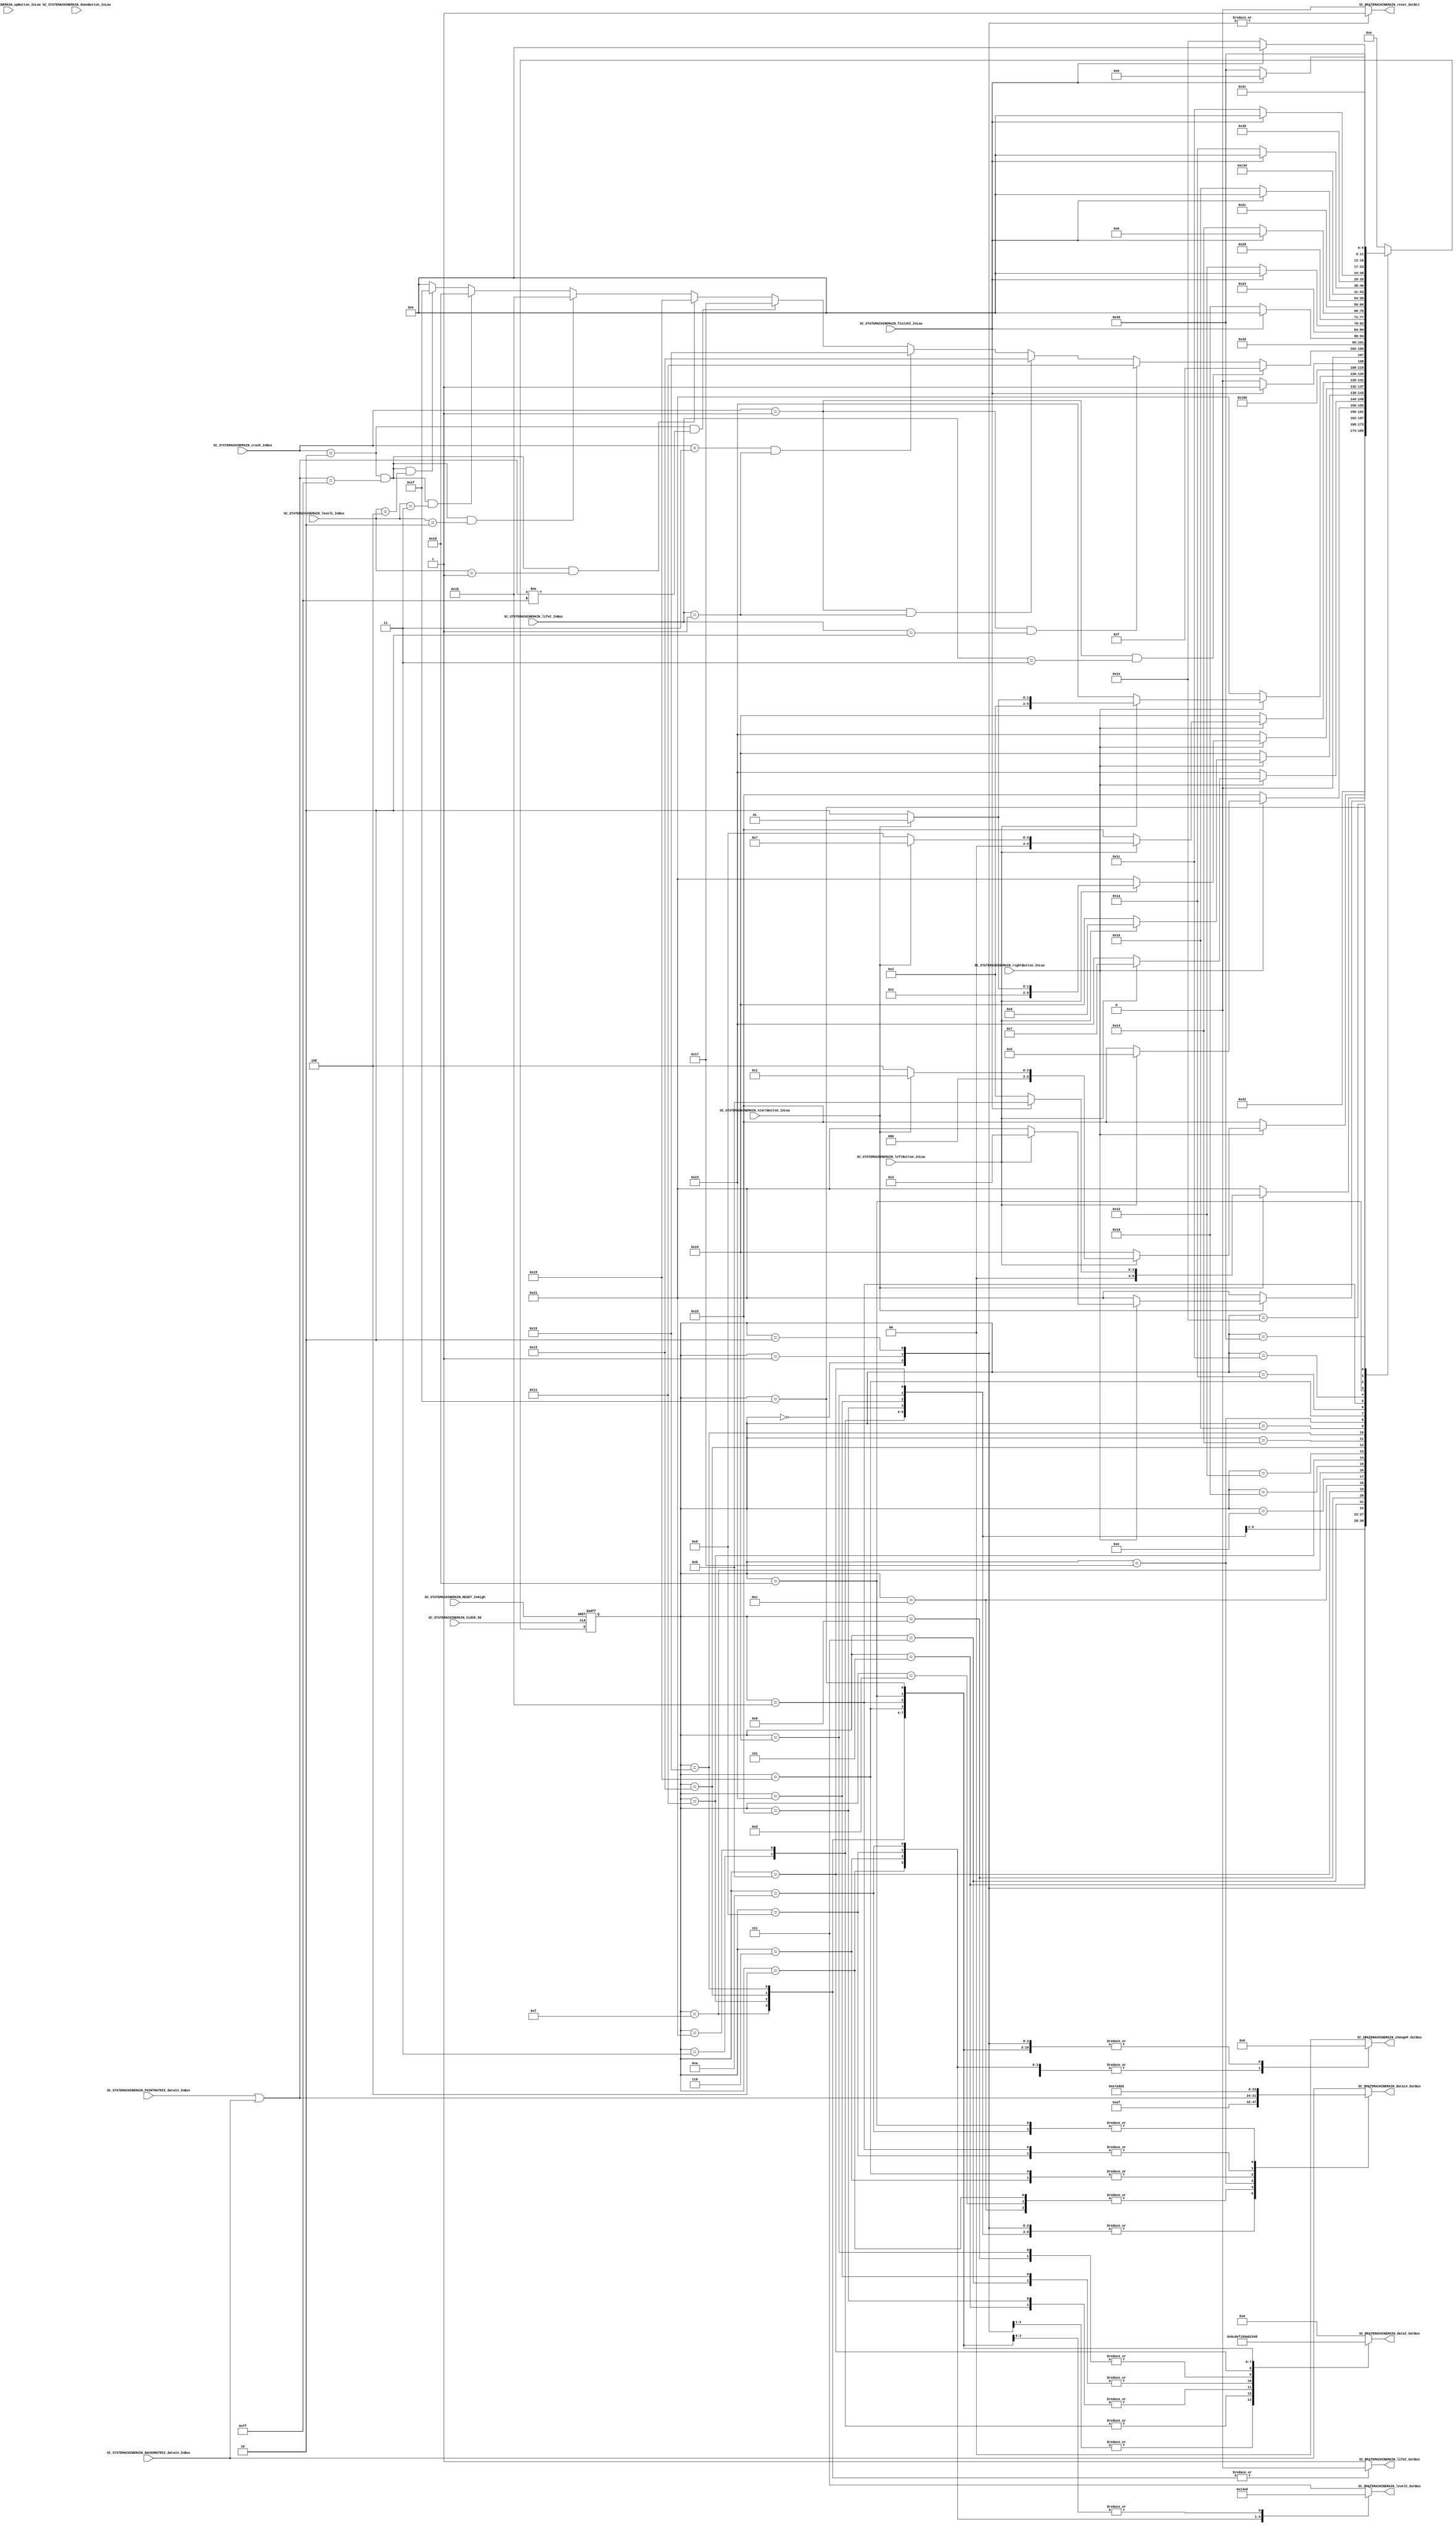
///*######################################################################
//#	G0B1T: HDL EXAMPLES. 2018.
//######################################################################
//# Copyright (C) 2018. F.E.Segura-Quijano (FES) fsegura@uniandes.edu.co
//# 
//# This program is free software: you can redistribute it and/or modify
//# it under the terms of the GNU General Public License as published by
//# the Free Software Foundation, version 3 of the License.
//#
//# This program is distributed in the hope that it will be useful,
//# but WITHOUT ANY WARRANTY; without even the implied warranty of
//# MERCHANTABILITY or FITNESS FOR A PARTICULAR PURPOSE.  See the
//# GNU General Public License for more details.
//#
//# You should have received a copy of the GNU General Public License
//# along with this program.  If not, see <http://www.gnu.org/licenses/>
//####################################################################*/
//=======================================================
//  MODULE Definition
//=======================================================
module SC_STATEMACHINEMAIN (
	//////////// OUTPUTS //////////
	SC_STATEMACHINEMAIN_dataI_OutBus,
	SC_STATEMACHINEMAIN_changeP_OutBus,
	SC_STATEMACHINEMAIN_data14_OutBus,
	SC_STATEMACHINEMAIN_lifeC_OutBus,
	SC_STATEMACHINEMAIN_levelC_OutBus,
	SC_STATEMACHINEMAIN_reset_OutBit,
	//////////// INPUTS //////////
	SC_STATEMACHINEMAIN_CLOCK_50,
	SC_STATEMACHINEMAIN_RESET_InHigh,
	SC_STATEMACHINEMAIN_startButton_InLow,
	SC_STATEMACHINEMAIN_upButton_InLow,
	SC_STATEMACHINEMAIN_downButton_InLow,
	SC_STATEMACHINEMAIN_leftButton_InLow,
	SC_STATEMACHINEMAIN_rightButton_InLow,
	SC_STATEMACHINEMAIN_crash_InBus,
	SC_STATEMACHINEMAIN_POINTMATRIX_data14_InBus,
	SC_STATEMACHINEMAIN_BACKGMATRIX_data14_InBus,
	SC_STATEMACHINEMAIN_lifeC_InBus,
	SC_STATEMACHINEMAIN_levelC_InBus,
	SC_STATEMACHINEMAIN_finishI_InLow
);	
//=======================================================
//  PARAMETER declarations
//=======================================================
parameter DATAWIDTH_BUS = 8;
parameter DATAWIDTH_4 = 4;
parameter DATAWIDTH_3 = 3;
parameter DATAWIDTH_2 = 2;
// states declaration
localparam STATE_RESET_0									= 0;
localparam STATE_RESET_1									= 1;
localparam STATE_RESET_2									= 2;
localparam STATE_SELECT_1									= 3;
localparam STATE_SELECT_1_0								= 4;
localparam STATE_SELECT_2									= 5;
localparam STATE_SELECT_2_0								= 6;
localparam STATE_SELECT_3									= 7;
localparam STATE_SELECT_3_0								= 8;
localparam STATE_SELECT_4									= 9;
localparam STATE_SELECT_4_0								= 10;
localparam STATE_START_0									= 11;
localparam STATE_START_1									= 12;
localparam STATE_START_2									= 13;
localparam STATE_CHECK_0									= 14;
localparam STATE_CRASH_3_0									= 15;
localparam STATE_CRASH_3_1									= 16;
localparam STATE_CRASH_2_0									= 17;
localparam STATE_CRASH_2_1									= 18;
localparam STATE_CRASH_1_0									= 19;
localparam STATE_CRASH_1_1									= 20;
localparam STATE_WINLIFE_0								   = 21;
localparam STATE_WINLIFE_1									= 22;
localparam STATE_TOP_0										= 23;
localparam STATE_TOP_1										= 24;
localparam STATE_TOP_1_0									= 25;
localparam STATE_TOP_1_1									= 26;
localparam STATE_TOP_2_0									= 27;
localparam STATE_TOP_2_1									= 28;
localparam STATE_TOP_3_0									= 29;
localparam STATE_TOP_3_1									= 30;
localparam STATE_TOP_F_0									= 31;
localparam STATE_TOP_F_1									= 32;
localparam STATE_SELECT_1_p								= 33;
localparam STATE_SELECT_2_p								= 34;
localparam STATE_SELECT_3_p								= 35;
localparam STATE_SELECT_4_p								= 36;

//=======================================================
//  PORT declarations
//=======================================================
output reg		[DATAWIDTH_4-1:0] SC_STATEMACHINEMAIN_dataI_OutBus;
output reg		[DATAWIDTH_2-1:0] SC_STATEMACHINEMAIN_changeP_OutBus;
output reg		[DATAWIDTH_BUS-1:0] SC_STATEMACHINEMAIN_data14_OutBus;
output reg		SC_STATEMACHINEMAIN_lifeC_OutBus;
output reg		[DATAWIDTH_3-1:0] SC_STATEMACHINEMAIN_levelC_OutBus;
output reg		SC_STATEMACHINEMAIN_reset_OutBit;
input			SC_STATEMACHINEMAIN_CLOCK_50;
input			SC_STATEMACHINEMAIN_RESET_InHigh;
input			SC_STATEMACHINEMAIN_startButton_InLow;
input			SC_STATEMACHINEMAIN_upButton_InLow;
input			SC_STATEMACHINEMAIN_downButton_InLow;
input			SC_STATEMACHINEMAIN_leftButton_InLow;
input			SC_STATEMACHINEMAIN_rightButton_InLow;
input			[DATAWIDTH_2-1:0]SC_STATEMACHINEMAIN_crash_InBus;
input			[DATAWIDTH_BUS-1:0] SC_STATEMACHINEMAIN_POINTMATRIX_data14_InBus;
input			[DATAWIDTH_BUS-1:0] SC_STATEMACHINEMAIN_BACKGMATRIX_data14_InBus;
input			[DATAWIDTH_2-1:0] SC_STATEMACHINEMAIN_lifeC_InBus;
input			[DATAWIDTH_3-1:0] SC_STATEMACHINEMAIN_levelC_InBus;
input			SC_STATEMACHINEMAIN_finishI_InLow;
//=======================================================
//  REG/WIRE declarations
//=======================================================
reg [5:0] STATE_Register;
reg [5:0] STATE_Signal;
//=======================================================
//  Structural coding
//=======================================================
//INPUT LOGIC: COMBINATIONAL
// NEXT STATE LOGIC : COMBINATIONAL
always @(*)
begin
	case (STATE_Register)
		STATE_RESET_0: STATE_Signal = STATE_RESET_1;
		STATE_RESET_1: STATE_Signal = STATE_RESET_2;
		STATE_RESET_2: if (SC_STATEMACHINEMAIN_startButton_InLow == 1'b0) STATE_Signal = STATE_SELECT_1_p;
						else if (SC_STATEMACHINEMAIN_finishI_InLow == 1'b0) STATE_Signal = STATE_RESET_2;
							else STATE_Signal = STATE_START_0;
							
		STATE_SELECT_1: if (SC_STATEMACHINEMAIN_rightButton_InLow == 1'b0) STATE_Signal = STATE_SELECT_2_p;
							else if (SC_STATEMACHINEMAIN_leftButton_InLow == 1'b0) STATE_Signal = STATE_SELECT_4_p;
							else if (SC_STATEMACHINEMAIN_startButton_InLow == 1'b0) STATE_Signal = STATE_SELECT_1_0;
							else STATE_Signal = STATE_SELECT_1;
		
		STATE_SELECT_1_p: if (SC_STATEMACHINEMAIN_startButton_InLow == 1'b0) STATE_Signal = STATE_SELECT_1_p;
							else if (SC_STATEMACHINEMAIN_rightButton_InLow == 1'b0) STATE_Signal = STATE_SELECT_1_p;
							else if (SC_STATEMACHINEMAIN_leftButton_InLow == 1'b0) STATE_Signal = STATE_SELECT_1_p;
								else STATE_Signal = STATE_SELECT_1;
		
		STATE_SELECT_2_p: if (SC_STATEMACHINEMAIN_rightButton_InLow == 1'b0) STATE_Signal = STATE_SELECT_2_p;
							else if (SC_STATEMACHINEMAIN_leftButton_InLow == 1'b0) STATE_Signal = STATE_SELECT_2_p;
								else STATE_Signal = STATE_SELECT_2;
		
		STATE_SELECT_3_p: if (SC_STATEMACHINEMAIN_rightButton_InLow == 1'b0) STATE_Signal = STATE_SELECT_3_p;
							else if (SC_STATEMACHINEMAIN_leftButton_InLow == 1'b0) STATE_Signal = STATE_SELECT_3_p;
								else STATE_Signal = STATE_SELECT_3;
		
		STATE_SELECT_4_p: if (SC_STATEMACHINEMAIN_rightButton_InLow == 1'b0) STATE_Signal = STATE_SELECT_4_p;
							else if (SC_STATEMACHINEMAIN_leftButton_InLow == 1'b0) STATE_Signal = STATE_SELECT_4_p;
								else STATE_Signal = STATE_SELECT_4;
		
		STATE_SELECT_1_0: STATE_Signal = STATE_CHECK_0;
		
		STATE_SELECT_2: if (SC_STATEMACHINEMAIN_rightButton_InLow == 1'b0) STATE_Signal = STATE_SELECT_3_p;
							else if (SC_STATEMACHINEMAIN_leftButton_InLow == 1'b0) STATE_Signal = STATE_SELECT_1_p;
							else if (SC_STATEMACHINEMAIN_startButton_InLow == 1'b0) STATE_Signal = STATE_SELECT_2_0;
							else STATE_Signal = STATE_SELECT_2;
		
		STATE_SELECT_2_0: STATE_Signal = STATE_CHECK_0;
		
		STATE_SELECT_3: if (SC_STATEMACHINEMAIN_rightButton_InLow == 1'b0) STATE_Signal = STATE_SELECT_4_p;
							else if (SC_STATEMACHINEMAIN_leftButton_InLow == 1'b0) STATE_Signal = STATE_SELECT_2_p;
							else if (SC_STATEMACHINEMAIN_startButton_InLow == 1'b0) STATE_Signal = STATE_SELECT_3_0;
							else STATE_Signal = STATE_SELECT_3;
		
		STATE_SELECT_3_0: STATE_Signal = STATE_CHECK_0;
		
		STATE_SELECT_4: if (SC_STATEMACHINEMAIN_rightButton_InLow == 1'b0) STATE_Signal = STATE_SELECT_1_p;
							else if (SC_STATEMACHINEMAIN_leftButton_InLow == 1'b0) STATE_Signal = STATE_SELECT_3_p;
							else if (SC_STATEMACHINEMAIN_startButton_InLow == 1'b0) STATE_Signal = STATE_SELECT_4_0;
							else STATE_Signal = STATE_SELECT_4;
		
		STATE_SELECT_4_0: STATE_Signal = STATE_CHECK_0;
		
		STATE_START_0: STATE_Signal = STATE_START_1;
		STATE_START_1: if (SC_STATEMACHINEMAIN_finishI_InLow == 1'b0) STATE_Signal = STATE_START_1;
							else STATE_Signal = STATE_START_2;
		STATE_START_2: STATE_Signal = STATE_CHECK_0;
		STATE_CHECK_0: if (SC_STATEMACHINEMAIN_crash_InBus == 2'b01 & SC_STATEMACHINEMAIN_lifeC_InBus == 2'b11) STATE_Signal = STATE_CRASH_3_0;
						else if (SC_STATEMACHINEMAIN_crash_InBus == 2'b01 & SC_STATEMACHINEMAIN_lifeC_InBus == 2'b10) STATE_Signal = STATE_CRASH_2_0;
						else if (SC_STATEMACHINEMAIN_crash_InBus == 2'b01 & SC_STATEMACHINEMAIN_lifeC_InBus == 2'b01) STATE_Signal = STATE_CRASH_1_0;
						else if (SC_STATEMACHINEMAIN_crash_InBus == 2'b11 & SC_STATEMACHINEMAIN_lifeC_InBus == 2'b01) STATE_Signal = STATE_WINLIFE_0;
						else if (SC_STATEMACHINEMAIN_crash_InBus == 2'b10 & ((SC_STATEMACHINEMAIN_POINTMATRIX_data14_InBus | SC_STATEMACHINEMAIN_BACKGMATRIX_data14_InBus) != 8'b11111111)) STATE_Signal = STATE_TOP_0;
						else if (SC_STATEMACHINEMAIN_crash_InBus == 2'b10 & ((SC_STATEMACHINEMAIN_POINTMATRIX_data14_InBus | SC_STATEMACHINEMAIN_BACKGMATRIX_data14_InBus) == 8'b11111111) & SC_STATEMACHINEMAIN_levelC_InBus == 3'b001) STATE_Signal = STATE_TOP_1_0;
						else if (SC_STATEMACHINEMAIN_crash_InBus == 2'b10 & ((SC_STATEMACHINEMAIN_POINTMATRIX_data14_InBus | SC_STATEMACHINEMAIN_BACKGMATRIX_data14_InBus) == 8'b11111111) & SC_STATEMACHINEMAIN_levelC_InBus == 3'b010) STATE_Signal = STATE_TOP_2_0;
						else if (SC_STATEMACHINEMAIN_crash_InBus == 2'b10 & ((SC_STATEMACHINEMAIN_POINTMATRIX_data14_InBus | SC_STATEMACHINEMAIN_BACKGMATRIX_data14_InBus) == 8'b11111111) & SC_STATEMACHINEMAIN_levelC_InBus == 3'b011) STATE_Signal = STATE_TOP_3_0;
						else if (SC_STATEMACHINEMAIN_crash_InBus == 2'b10 & ((SC_STATEMACHINEMAIN_POINTMATRIX_data14_InBus | SC_STATEMACHINEMAIN_BACKGMATRIX_data14_InBus) == 8'b11111111) & SC_STATEMACHINEMAIN_levelC_InBus == 3'b100) STATE_Signal = STATE_TOP_F_0;
							else STATE_Signal = STATE_CHECK_0;
						
		STATE_CRASH_3_0: STATE_Signal = STATE_CRASH_3_1;
		STATE_CRASH_3_1: if (SC_STATEMACHINEMAIN_finishI_InLow == 1'b0) STATE_Signal = STATE_CRASH_3_1;
							else STATE_Signal = STATE_CHECK_0;
		STATE_CRASH_2_0: STATE_Signal = STATE_CRASH_2_1;
		STATE_CRASH_2_1: if (SC_STATEMACHINEMAIN_finishI_InLow == 1'b0) STATE_Signal = STATE_CRASH_2_1;
							else STATE_Signal = STATE_CHECK_0;
		STATE_CRASH_1_0: STATE_Signal = STATE_CRASH_1_1;
		STATE_CRASH_1_1: if (SC_STATEMACHINEMAIN_finishI_InLow == 1'b0) STATE_Signal = STATE_CRASH_1_1;
							else STATE_Signal = STATE_RESET_0;
		STATE_WINLIFE_0: STATE_Signal = STATE_WINLIFE_1;
		STATE_WINLIFE_1: if (SC_STATEMACHINEMAIN_finishI_InLow == 1'b0) STATE_Signal = STATE_WINLIFE_1;
							else STATE_Signal = STATE_CHECK_0;
							
		STATE_TOP_0: STATE_Signal = STATE_TOP_1;
		STATE_TOP_1: STATE_Signal = STATE_CHECK_0;
		STATE_TOP_1_0: STATE_Signal = STATE_TOP_1_1;
		STATE_TOP_1_1: if (SC_STATEMACHINEMAIN_finishI_InLow == 1'b0) STATE_Signal = STATE_TOP_1_1;
							else STATE_Signal = STATE_CHECK_0;
		STATE_TOP_2_0: STATE_Signal = STATE_TOP_2_1;
		STATE_TOP_2_1: if (SC_STATEMACHINEMAIN_finishI_InLow == 1'b0) STATE_Signal = STATE_TOP_2_1;
							else STATE_Signal = STATE_CHECK_0;
		STATE_TOP_3_0: STATE_Signal = STATE_TOP_3_1;
		STATE_TOP_3_1: if (SC_STATEMACHINEMAIN_finishI_InLow == 1'b0) STATE_Signal = STATE_TOP_3_1;
							else STATE_Signal = STATE_CHECK_0;
		STATE_TOP_F_0: STATE_Signal = STATE_TOP_F_1;
		STATE_TOP_F_1: if (SC_STATEMACHINEMAIN_finishI_InLow == 1'b0) STATE_Signal = STATE_TOP_F_1;
							else STATE_Signal = STATE_RESET_0;
							
		default : 		STATE_Signal = STATE_CHECK_0;
	endcase
end
// STATE REGISTER : SEQUENTIAL
always @ ( posedge SC_STATEMACHINEMAIN_CLOCK_50 , posedge SC_STATEMACHINEMAIN_RESET_InHigh)
begin
	if (SC_STATEMACHINEMAIN_RESET_InHigh == 1'b1)
		STATE_Register <= STATE_RESET_0;
	else
		STATE_Register <= STATE_Signal;
end
//=======================================================
//  Outputs
//=======================================================
// OUTPUT LOGIC : COMBINATIONAL
always @ (*)
begin
	case (STATE_Register)
//=========================================================
// STATE_RESET
//=========================================================
	STATE_RESET_0 :
		begin
			SC_STATEMACHINEMAIN_dataI_OutBus   = 4'b0110;
			SC_STATEMACHINEMAIN_changeP_OutBus = 2'b10;
			SC_STATEMACHINEMAIN_data14_OutBus  = 8'b00000000;
			SC_STATEMACHINEMAIN_lifeC_OutBus   = 1'b1;
			SC_STATEMACHINEMAIN_levelC_OutBus  = 3'b111;
			SC_STATEMACHINEMAIN_reset_OutBit   = 1'b1;
		end
//=========================================================
// STATE_RESET
//=========================================================
	STATE_RESET_1 :
		begin
			SC_STATEMACHINEMAIN_dataI_OutBus   = 4'b0110;
			SC_STATEMACHINEMAIN_changeP_OutBus = 2'b10;
			SC_STATEMACHINEMAIN_data14_OutBus  = 8'b00000000;
			SC_STATEMACHINEMAIN_lifeC_OutBus   = 1'b1;
			SC_STATEMACHINEMAIN_levelC_OutBus  = 3'b111;
			SC_STATEMACHINEMAIN_reset_OutBit   = 1'b1;
		end
//=========================================================
// STATE_RESET
//=========================================================
	STATE_RESET_2 :
		begin
			SC_STATEMACHINEMAIN_dataI_OutBus   = 4'b0000;
			SC_STATEMACHINEMAIN_changeP_OutBus = 2'b10;
			SC_STATEMACHINEMAIN_data14_OutBus  = 8'b00000000;
			SC_STATEMACHINEMAIN_lifeC_OutBus   = 1'b1;
			SC_STATEMACHINEMAIN_levelC_OutBus  = 3'b111;
			SC_STATEMACHINEMAIN_reset_OutBit   = 1'b1;
		end
//=========================================================
// STATE_SELECT_1_p
//=========================================================
	STATE_SELECT_1_p :
		begin
			SC_STATEMACHINEMAIN_dataI_OutBus   = 4'b1100;
			SC_STATEMACHINEMAIN_changeP_OutBus = 2'b10;
			SC_STATEMACHINEMAIN_data14_OutBus  = 8'b00000000;
			SC_STATEMACHINEMAIN_lifeC_OutBus   = 1'b1;
			SC_STATEMACHINEMAIN_levelC_OutBus  = 3'b111;
			SC_STATEMACHINEMAIN_reset_OutBit   = 1'b0;
		end
//=========================================================
// STATE_SELECT_1
//=========================================================
	STATE_SELECT_1 :
		begin
			SC_STATEMACHINEMAIN_dataI_OutBus   = 4'b1100;
			SC_STATEMACHINEMAIN_changeP_OutBus = 2'b10;
			SC_STATEMACHINEMAIN_data14_OutBus  = 8'b00000000;
			SC_STATEMACHINEMAIN_lifeC_OutBus   = 1'b1;
			SC_STATEMACHINEMAIN_levelC_OutBus  = 3'b111;
			SC_STATEMACHINEMAIN_reset_OutBit   = 1'b0;
		end
//=========================================================
// STATE_SELECT_1_0
//=========================================================
	STATE_SELECT_1_0 :	
		begin
			SC_STATEMACHINEMAIN_dataI_OutBus   = 4'b0000;
			SC_STATEMACHINEMAIN_changeP_OutBus = 2'b01;
			SC_STATEMACHINEMAIN_data14_OutBus  = 8'b11101111;
			SC_STATEMACHINEMAIN_lifeC_OutBus   = 1'b1;
			SC_STATEMACHINEMAIN_levelC_OutBus  = 3'b001;
			SC_STATEMACHINEMAIN_reset_OutBit   = 1'b0;
		end
//=========================================================
// STATE_SELECT_2_p
//=========================================================
	STATE_SELECT_2_p :
		begin
			SC_STATEMACHINEMAIN_dataI_OutBus   = 4'b1101;
			SC_STATEMACHINEMAIN_changeP_OutBus = 2'b10;
			SC_STATEMACHINEMAIN_data14_OutBus  = 8'b00000000;
			SC_STATEMACHINEMAIN_lifeC_OutBus   = 1'b1;
			SC_STATEMACHINEMAIN_levelC_OutBus  = 3'b111;
			SC_STATEMACHINEMAIN_reset_OutBit   = 1'b0;
		end
//=========================================================
// STATE_SELECT_2
//=========================================================
	STATE_SELECT_2 :
		begin
			SC_STATEMACHINEMAIN_dataI_OutBus   = 4'b1101;
			SC_STATEMACHINEMAIN_changeP_OutBus = 2'b10;
			SC_STATEMACHINEMAIN_data14_OutBus  = 8'b00000000;
			SC_STATEMACHINEMAIN_lifeC_OutBus   = 1'b1;
			SC_STATEMACHINEMAIN_levelC_OutBus  = 3'b111;
			SC_STATEMACHINEMAIN_reset_OutBit   = 1'b0;
		end
//=========================================================
// STATE_SELECT_2
//=========================================================
	STATE_SELECT_2_0 :	
		begin
			SC_STATEMACHINEMAIN_dataI_OutBus   = 4'b0000;
			SC_STATEMACHINEMAIN_changeP_OutBus = 2'b01;
			SC_STATEMACHINEMAIN_data14_OutBus  = 8'b11100111;
			SC_STATEMACHINEMAIN_lifeC_OutBus   = 1'b1;
			SC_STATEMACHINEMAIN_levelC_OutBus  = 3'b010;
			SC_STATEMACHINEMAIN_reset_OutBit   = 1'b0;
		end
//=========================================================
// STATE_SELECT_3_p
//=========================================================
	STATE_SELECT_3_p :
		begin
			SC_STATEMACHINEMAIN_dataI_OutBus   = 4'b1110;
			SC_STATEMACHINEMAIN_changeP_OutBus = 2'b10;
			SC_STATEMACHINEMAIN_data14_OutBus  = 8'b00000000;
			SC_STATEMACHINEMAIN_lifeC_OutBus   = 1'b1;
			SC_STATEMACHINEMAIN_levelC_OutBus  = 3'b111;
			SC_STATEMACHINEMAIN_reset_OutBit   = 1'b0;
		end
//=========================================================
// STATE_SELECT_3
//=========================================================
	STATE_SELECT_3 :
		begin
			SC_STATEMACHINEMAIN_dataI_OutBus   = 4'b1110;
			SC_STATEMACHINEMAIN_changeP_OutBus = 2'b10;
			SC_STATEMACHINEMAIN_data14_OutBus  = 8'b00000000;
			SC_STATEMACHINEMAIN_lifeC_OutBus   = 1'b1;
			SC_STATEMACHINEMAIN_levelC_OutBus  = 3'b111;
			SC_STATEMACHINEMAIN_reset_OutBit   = 1'b0;
		end
//=========================================================
// STATE_SELECT_3_0
//=========================================================
	STATE_SELECT_3_0 :	
		begin
			SC_STATEMACHINEMAIN_dataI_OutBus   = 4'b0000;
			SC_STATEMACHINEMAIN_changeP_OutBus = 2'b01;
			SC_STATEMACHINEMAIN_data14_OutBus  = 8'b10101101;
			SC_STATEMACHINEMAIN_lifeC_OutBus   = 1'b1;
			SC_STATEMACHINEMAIN_levelC_OutBus  = 3'b011;
			SC_STATEMACHINEMAIN_reset_OutBit   = 1'b0;
		end
//=========================================================
// STATE_SELECT_4_p
//=========================================================
	STATE_SELECT_4_p :
		begin
			SC_STATEMACHINEMAIN_dataI_OutBus   = 4'b1111;
			SC_STATEMACHINEMAIN_changeP_OutBus = 2'b10;
			SC_STATEMACHINEMAIN_data14_OutBus  = 8'b00000000;
			SC_STATEMACHINEMAIN_lifeC_OutBus   = 1'b1;
			SC_STATEMACHINEMAIN_levelC_OutBus  = 3'b111;
			SC_STATEMACHINEMAIN_reset_OutBit   = 1'b0;
		end
//=========================================================
// STATE_SELECT_4
//=========================================================
	STATE_SELECT_4 :
		begin
			SC_STATEMACHINEMAIN_dataI_OutBus   = 4'b1111;
			SC_STATEMACHINEMAIN_changeP_OutBus = 2'b10;
			SC_STATEMACHINEMAIN_data14_OutBus  = 8'b00000000;
			SC_STATEMACHINEMAIN_lifeC_OutBus   = 1'b1;
			SC_STATEMACHINEMAIN_levelC_OutBus  = 3'b111;
			SC_STATEMACHINEMAIN_reset_OutBit   = 1'b0;
		end
//=========================================================
// STATE_SELECT_4_0
//=========================================================
	STATE_SELECT_4_0 :	
		begin
			SC_STATEMACHINEMAIN_dataI_OutBus   = 4'b0000;
			SC_STATEMACHINEMAIN_changeP_OutBus = 2'b01;
			SC_STATEMACHINEMAIN_data14_OutBus  = 8'b10100101;
			SC_STATEMACHINEMAIN_lifeC_OutBus   = 1'b1;
			SC_STATEMACHINEMAIN_levelC_OutBus  = 3'b100;
			SC_STATEMACHINEMAIN_reset_OutBit   = 1'b0;
		end
//=========================================================
// STATE_START_0
//=========================================================
	STATE_START_0 :	
		begin
			SC_STATEMACHINEMAIN_dataI_OutBus   = 4'b0001;
			SC_STATEMACHINEMAIN_changeP_OutBus = 2'b10;
			SC_STATEMACHINEMAIN_data14_OutBus  = 8'b00000000;
			SC_STATEMACHINEMAIN_lifeC_OutBus   = 1'b1;
			SC_STATEMACHINEMAIN_levelC_OutBus  = 3'b111;
			SC_STATEMACHINEMAIN_reset_OutBit   = 1'b0;
		end
//=========================================================
// STATE_START_1
//=========================================================
	STATE_START_1 :	
		begin
			SC_STATEMACHINEMAIN_dataI_OutBus   = 4'b0000;
			SC_STATEMACHINEMAIN_changeP_OutBus = 2'b10;
			SC_STATEMACHINEMAIN_data14_OutBus  = 8'b11101111;
			SC_STATEMACHINEMAIN_lifeC_OutBus   = 1'b1;
			SC_STATEMACHINEMAIN_levelC_OutBus  = 3'b111;
			SC_STATEMACHINEMAIN_reset_OutBit   = 1'b0;
		end
//=========================================================
// STATE_START_2
//=========================================================
	STATE_START_2 :	
		begin
			SC_STATEMACHINEMAIN_dataI_OutBus   = 4'b0000;
			SC_STATEMACHINEMAIN_changeP_OutBus = 2'b01;
			SC_STATEMACHINEMAIN_data14_OutBus  = 8'b11101111;
			SC_STATEMACHINEMAIN_lifeC_OutBus   = 1'b1;
			SC_STATEMACHINEMAIN_levelC_OutBus  = 3'b111;
			SC_STATEMACHINEMAIN_reset_OutBit   = 1'b0;
		end
//=========================================================
// STATE_CHECK_0
//=========================================================
	STATE_CHECK_0 :
		begin
			SC_STATEMACHINEMAIN_dataI_OutBus   = 4'b0000;
			SC_STATEMACHINEMAIN_changeP_OutBus = 2'b00;
			SC_STATEMACHINEMAIN_data14_OutBus  = SC_STATEMACHINEMAIN_BACKGMATRIX_data14_InBus;
			SC_STATEMACHINEMAIN_lifeC_OutBus   = 1'b1;
			SC_STATEMACHINEMAIN_levelC_OutBus  = 3'b111;
			SC_STATEMACHINEMAIN_reset_OutBit   = 1'b0;
		end
//=========================================================
// STATE_CRASH_3_0
//=========================================================
	STATE_CRASH_3_0 :
		begin
			SC_STATEMACHINEMAIN_dataI_OutBus   = 4'b1000;
			SC_STATEMACHINEMAIN_changeP_OutBus = 2'b10;
			SC_STATEMACHINEMAIN_data14_OutBus  = SC_STATEMACHINEMAIN_BACKGMATRIX_data14_InBus;
			SC_STATEMACHINEMAIN_lifeC_OutBus   = 1'b0;
			SC_STATEMACHINEMAIN_levelC_OutBus  = 3'b111;
			SC_STATEMACHINEMAIN_reset_OutBit   = 1'b0;
		end
//=========================================================
// STATE_CRASH_3_1
//=========================================================
	STATE_CRASH_3_1 :
		begin
			SC_STATEMACHINEMAIN_dataI_OutBus   = 4'b0000;
			SC_STATEMACHINEMAIN_changeP_OutBus = 2'b10;
			SC_STATEMACHINEMAIN_data14_OutBus  = SC_STATEMACHINEMAIN_BACKGMATRIX_data14_InBus;
			SC_STATEMACHINEMAIN_lifeC_OutBus   = 1'b1;
			SC_STATEMACHINEMAIN_levelC_OutBus  = 3'b111;
			SC_STATEMACHINEMAIN_reset_OutBit   = 1'b0;
		end
//=========================================================
// STATE_CRASH_2_0
//=========================================================
	STATE_CRASH_2_0 :
		begin
			SC_STATEMACHINEMAIN_dataI_OutBus   = 4'b1001;
			SC_STATEMACHINEMAIN_changeP_OutBus = 2'b10;
			SC_STATEMACHINEMAIN_data14_OutBus  = SC_STATEMACHINEMAIN_BACKGMATRIX_data14_InBus;
			SC_STATEMACHINEMAIN_lifeC_OutBus   = 1'b0;
			SC_STATEMACHINEMAIN_levelC_OutBus  = 3'b111;
			SC_STATEMACHINEMAIN_reset_OutBit   = 1'b0;
		end
//=========================================================
// STATE_CRASH_2_1
//=========================================================
	STATE_CRASH_2_1 :
		begin
			SC_STATEMACHINEMAIN_dataI_OutBus   = 4'b0000;
			SC_STATEMACHINEMAIN_changeP_OutBus = 2'b10;
			SC_STATEMACHINEMAIN_data14_OutBus  = SC_STATEMACHINEMAIN_BACKGMATRIX_data14_InBus;
			SC_STATEMACHINEMAIN_lifeC_OutBus   = 1'b1;
			SC_STATEMACHINEMAIN_levelC_OutBus  = 3'b111;
			SC_STATEMACHINEMAIN_reset_OutBit   = 1'b0;
		end
//=========================================================
// STATE_CRASH_1_0
//=========================================================
	STATE_CRASH_1_0 :
		begin
			SC_STATEMACHINEMAIN_dataI_OutBus   = 4'b1010;
			SC_STATEMACHINEMAIN_changeP_OutBus = 2'b10;
			SC_STATEMACHINEMAIN_data14_OutBus  = SC_STATEMACHINEMAIN_BACKGMATRIX_data14_InBus;
			SC_STATEMACHINEMAIN_lifeC_OutBus   = 1'b0;
			SC_STATEMACHINEMAIN_levelC_OutBus  = 3'b111;
			SC_STATEMACHINEMAIN_reset_OutBit   = 1'b0;
		end
//=========================================================
// STATE_CRASH_1_1
//=========================================================
	STATE_CRASH_1_1 :
		begin
			SC_STATEMACHINEMAIN_dataI_OutBus   = 4'b0000;
			SC_STATEMACHINEMAIN_changeP_OutBus = 2'b10;
			SC_STATEMACHINEMAIN_data14_OutBus  = SC_STATEMACHINEMAIN_BACKGMATRIX_data14_InBus;
			SC_STATEMACHINEMAIN_lifeC_OutBus   = 1'b1;
			SC_STATEMACHINEMAIN_levelC_OutBus  = 3'b111;
			SC_STATEMACHINEMAIN_reset_OutBit   = 1'b0;
		end
//=========================================================
// STATE_WINLIFE_0
//=========================================================
	STATE_WINLIFE_0 :
		begin
			SC_STATEMACHINEMAIN_dataI_OutBus   = 4'b1011;
			SC_STATEMACHINEMAIN_changeP_OutBus = 2'b10;
			SC_STATEMACHINEMAIN_data14_OutBus  = SC_STATEMACHINEMAIN_BACKGMATRIX_data14_InBus;
			SC_STATEMACHINEMAIN_lifeC_OutBus   = 1'b0;
			SC_STATEMACHINEMAIN_levelC_OutBus  = 3'b111;
			SC_STATEMACHINEMAIN_reset_OutBit   = 1'b0;
		end
//=========================================================
// STATE_WINLIFE_1
//=========================================================
	STATE_WINLIFE_1 :
		begin
			SC_STATEMACHINEMAIN_dataI_OutBus   = 4'b0000;
			SC_STATEMACHINEMAIN_changeP_OutBus = 2'b10;
			SC_STATEMACHINEMAIN_data14_OutBus  = SC_STATEMACHINEMAIN_BACKGMATRIX_data14_InBus;
			SC_STATEMACHINEMAIN_lifeC_OutBus   = 1'b1;
			SC_STATEMACHINEMAIN_levelC_OutBus  = 3'b111;
			SC_STATEMACHINEMAIN_reset_OutBit   = 1'b0;
		end
//=========================================================
// STATE_TOP_0
//=========================================================
	STATE_TOP_0 :
		begin
			SC_STATEMACHINEMAIN_dataI_OutBus   = 4'b0000;
			SC_STATEMACHINEMAIN_changeP_OutBus = 2'b01;
			SC_STATEMACHINEMAIN_data14_OutBus  = (SC_STATEMACHINEMAIN_POINTMATRIX_data14_InBus | SC_STATEMACHINEMAIN_BACKGMATRIX_data14_InBus);
			SC_STATEMACHINEMAIN_lifeC_OutBus   = 1'b1;
			SC_STATEMACHINEMAIN_levelC_OutBus  = 3'b111;
			SC_STATEMACHINEMAIN_reset_OutBit   = 1'b0;
		end
//=========================================================
// STATE_TOP_1
//=========================================================
	STATE_TOP_1 :
		begin
			SC_STATEMACHINEMAIN_dataI_OutBus   = 4'b0000;
			SC_STATEMACHINEMAIN_changeP_OutBus = 2'b00;
			SC_STATEMACHINEMAIN_data14_OutBus  = SC_STATEMACHINEMAIN_BACKGMATRIX_data14_InBus;
			SC_STATEMACHINEMAIN_lifeC_OutBus   = 1'b1;
			SC_STATEMACHINEMAIN_levelC_OutBus  = 3'b111;
			SC_STATEMACHINEMAIN_reset_OutBit   = 1'b0;
		end
//=========================================================
// STATE_TOP_1_0
//=========================================================
	STATE_TOP_1_0 :
		begin
			SC_STATEMACHINEMAIN_dataI_OutBus   = 4'b0010;
			SC_STATEMACHINEMAIN_changeP_OutBus = 2'b10;
			SC_STATEMACHINEMAIN_data14_OutBus  = 8'b11100111;
			SC_STATEMACHINEMAIN_lifeC_OutBus   = 1'b1;
			SC_STATEMACHINEMAIN_levelC_OutBus  = 3'b000;
			SC_STATEMACHINEMAIN_reset_OutBit   = 1'b0;
		end
//=========================================================
// STATE_TOP_1_1
//=========================================================
	STATE_TOP_1_1 :
		begin
			SC_STATEMACHINEMAIN_dataI_OutBus   = 4'b0000;
			SC_STATEMACHINEMAIN_changeP_OutBus = 2'b10;
			SC_STATEMACHINEMAIN_data14_OutBus  = SC_STATEMACHINEMAIN_BACKGMATRIX_data14_InBus;
			SC_STATEMACHINEMAIN_lifeC_OutBus   = 1'b1;
			SC_STATEMACHINEMAIN_levelC_OutBus  = 3'b111;
			SC_STATEMACHINEMAIN_reset_OutBit   = 1'b0;
		end
//=========================================================
// STATE_TOP_2_0
//=========================================================
	STATE_TOP_2_0 :
		begin
			SC_STATEMACHINEMAIN_dataI_OutBus   = 4'b0011;
			SC_STATEMACHINEMAIN_changeP_OutBus = 2'b10;
			SC_STATEMACHINEMAIN_data14_OutBus  = 8'b10101101;
			SC_STATEMACHINEMAIN_lifeC_OutBus   = 1'b1;
			SC_STATEMACHINEMAIN_levelC_OutBus  = 3'b000;
			SC_STATEMACHINEMAIN_reset_OutBit   = 1'b0;
		end
//=========================================================
// STATE_TOP_2_1
//=========================================================
	STATE_TOP_2_1 :
		begin
			SC_STATEMACHINEMAIN_dataI_OutBus   = 4'b0000;
			SC_STATEMACHINEMAIN_changeP_OutBus = 2'b10;
			SC_STATEMACHINEMAIN_data14_OutBus  = SC_STATEMACHINEMAIN_BACKGMATRIX_data14_InBus;
			SC_STATEMACHINEMAIN_lifeC_OutBus   = 1'b1;
			SC_STATEMACHINEMAIN_levelC_OutBus  = 3'b111;
			SC_STATEMACHINEMAIN_reset_OutBit   = 1'b0;
		end
//=========================================================
// STATE_TOP_3_0
//=========================================================
	STATE_TOP_3_0 :
		begin
			SC_STATEMACHINEMAIN_dataI_OutBus   = 4'b0100;
			SC_STATEMACHINEMAIN_changeP_OutBus = 2'b10;
			SC_STATEMACHINEMAIN_data14_OutBus  = 8'b10100101;
			SC_STATEMACHINEMAIN_lifeC_OutBus   = 1'b1;
			SC_STATEMACHINEMAIN_levelC_OutBus  = 3'b000;
			SC_STATEMACHINEMAIN_reset_OutBit   = 1'b0;
		end
//=========================================================
// STATE_TOP_3_1
//=========================================================
	STATE_TOP_3_1 :
		begin
			SC_STATEMACHINEMAIN_dataI_OutBus   = 4'b0000;
			SC_STATEMACHINEMAIN_changeP_OutBus = 2'b10;
			SC_STATEMACHINEMAIN_data14_OutBus  = SC_STATEMACHINEMAIN_BACKGMATRIX_data14_InBus;
			SC_STATEMACHINEMAIN_lifeC_OutBus   = 1'b1;
			SC_STATEMACHINEMAIN_levelC_OutBus  = 3'b111;
			SC_STATEMACHINEMAIN_reset_OutBit   = 1'b0;
		end
//=========================================================
// STATE_TOP_F_0
//=========================================================
	STATE_TOP_F_0 :
		begin
			SC_STATEMACHINEMAIN_dataI_OutBus   = 4'b0111;
			SC_STATEMACHINEMAIN_changeP_OutBus = 2'b10;
			SC_STATEMACHINEMAIN_data14_OutBus  = SC_STATEMACHINEMAIN_BACKGMATRIX_data14_InBus;
			SC_STATEMACHINEMAIN_lifeC_OutBus   = 1'b1;
			SC_STATEMACHINEMAIN_levelC_OutBus  = 3'b000;
			SC_STATEMACHINEMAIN_reset_OutBit   = 1'b0;
		end
//=========================================================
// STATE_TOP_F_1
//=========================================================
	STATE_TOP_F_1 :
		begin
			SC_STATEMACHINEMAIN_dataI_OutBus   = 4'b0000;
			SC_STATEMACHINEMAIN_changeP_OutBus = 2'b10;
			SC_STATEMACHINEMAIN_data14_OutBus  = SC_STATEMACHINEMAIN_BACKGMATRIX_data14_InBus;
			SC_STATEMACHINEMAIN_lifeC_OutBus   = 1'b1;
			SC_STATEMACHINEMAIN_levelC_OutBus  = 3'b111;
			SC_STATEMACHINEMAIN_reset_OutBit   = 1'b0;
		end
//=========================================================
// DEFAULT
//=========================================================
	default :
		begin
			SC_STATEMACHINEMAIN_dataI_OutBus   = 4'b0000;
			SC_STATEMACHINEMAIN_changeP_OutBus = 2'b00;
			SC_STATEMACHINEMAIN_data14_OutBus  = SC_STATEMACHINEMAIN_BACKGMATRIX_data14_InBus;
			SC_STATEMACHINEMAIN_lifeC_OutBus   = 1'b1;
			SC_STATEMACHINEMAIN_levelC_OutBus  = 3'b111;
			SC_STATEMACHINEMAIN_reset_OutBit   = 1'b0;
		end
	endcase
end
endmodule